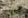
أخبرني